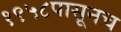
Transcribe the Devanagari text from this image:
१९५८पासूनच